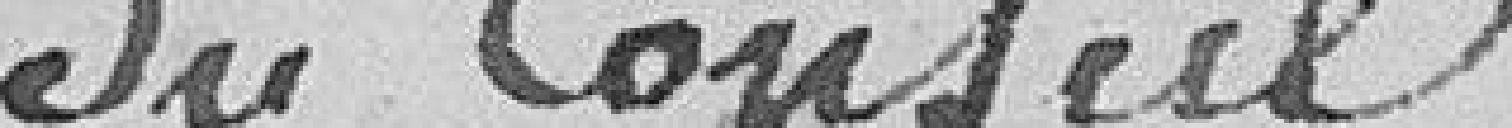
du Conseil